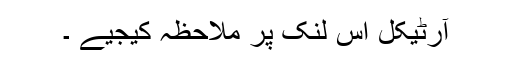
آرٹیکل اس لنک پر ملاحظہ کیجیے ۔